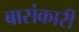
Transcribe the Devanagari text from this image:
बासंकारी